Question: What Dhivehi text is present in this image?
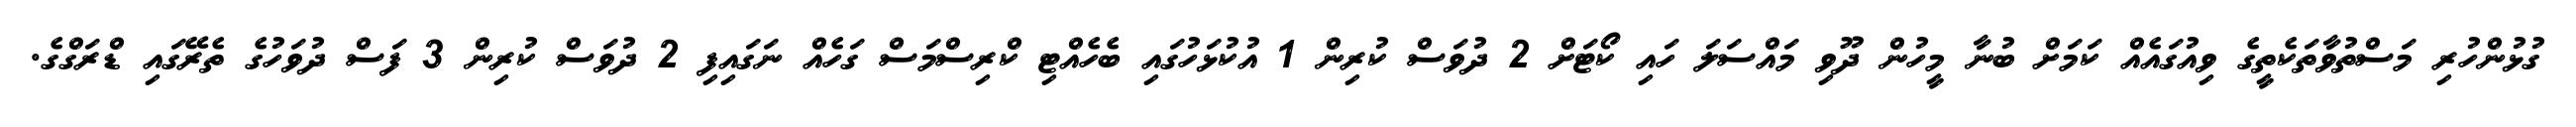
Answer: ގުޅުންހުރި މަސްތުވާތަކެތީގެ ވިއުގައެއް ކަމަށް ބުނާ މީހުން ދޫވި މައްސަލަ ހައި ކޯޓަށް 2 ދުވަސް ކުރިން 1 އުކުޅަހުގައި ބެހެއްޓި ކްރިސްމަސް ގަހެއް ނަގައިފި 2 ދުވަސް ކުރިން 3 ފަސް ދުވަހުގެ ތެރޭގައި ޑްރަގްގެ.